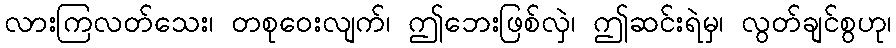
လားကြလတ်သေး၊ တစုဝေးလျက်၊ ဤဘေးဖြစ်လှဲ၊ ဤဆင်းရဲမှ၊ လွတ်ချင်စွဟု၊